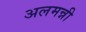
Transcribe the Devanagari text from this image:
अलमन्नी